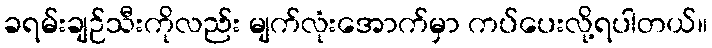
ခရမ်းချဉ်သီးကိုလည်း မျက်လုံးအောက်မှာ ကပ်ပေးလို့ရပါတယ်။